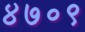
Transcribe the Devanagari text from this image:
४७०९